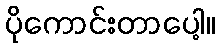
ပိုကောင်းတာပေါ့။